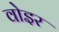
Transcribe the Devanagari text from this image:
वोइर